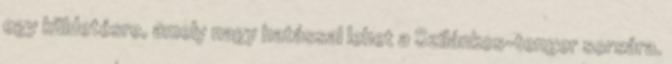
egy küldetésre, amely nagy hatással lehet a Szilánkos-tenger sorsára.